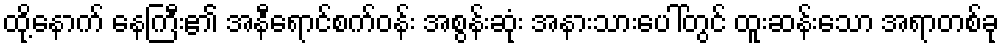
ထို့နောက် နေကြီး၏ အနီရောင်စက်ဝန်း အစွန်းဆုံး အနားသားပေါ်တွင် ထူးဆန်းသော အရာတစ်ခု